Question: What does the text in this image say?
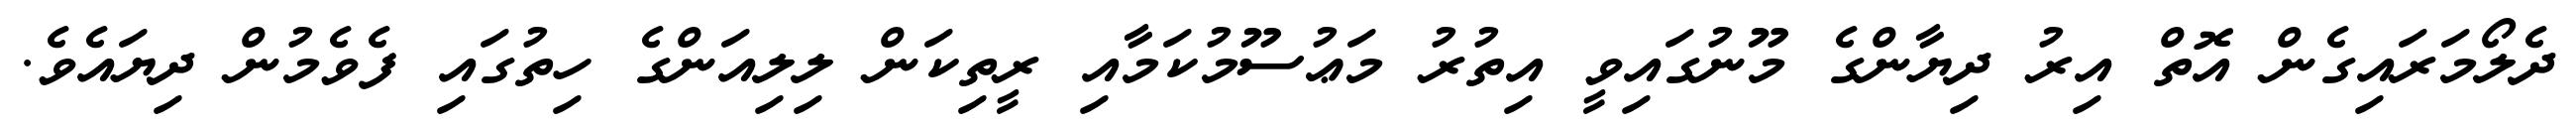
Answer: ދެލޯމަރައިގެން އޮތް އިރު ދިޔާންގެ މޫނުގައިވީ އިތުރު މަޢުސޫމުކަމާއި ރީތިކަން ލިލިއަންގެ ހިތުގައި ފެވެމުން ދިޔައެވެ.